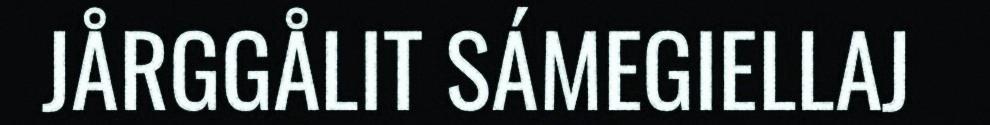
JÅRGGÅLIT SÁMEGIELLAJ